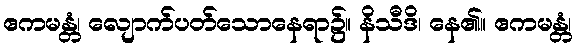
ဧကမန္တံ၊ လျောက်ပတ်သောနေရာ၌။ နိသီဒိ၊ နေ၏။ ဧကမန္တံ၊